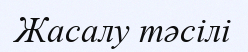
Жасалу тәсілі